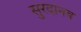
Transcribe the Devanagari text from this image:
सुरदानव